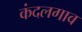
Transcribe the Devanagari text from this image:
कंदलगाव